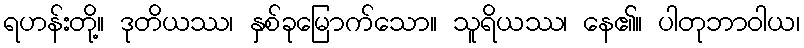
ရဟန်းတို့။ ဒုတိယဿ၊ နှစ်ခုမြောက်သော။ သူရိယဿ၊ နေ၏။ ပါတုဘာဝါယ၊